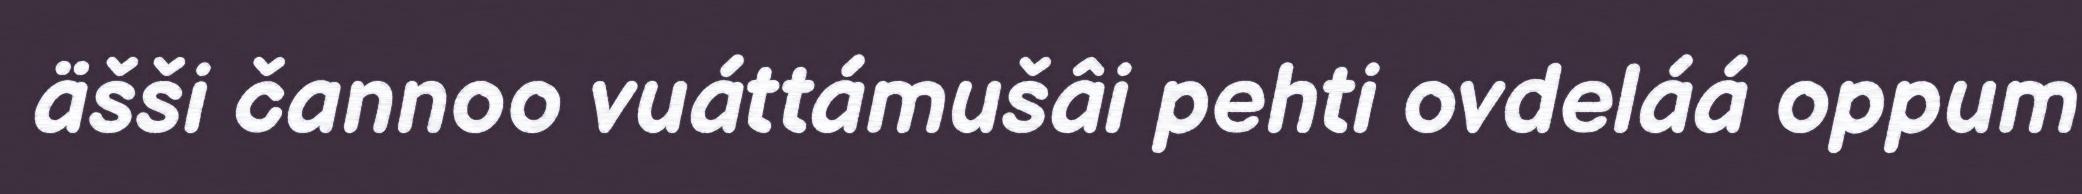
äšši čannoo vuáttámušâi pehti ovdeláá oppum